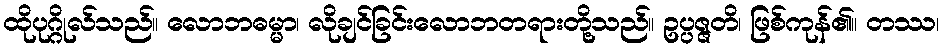
ထိုပုဂ္ဂိုလ်သည်။ လောဘဓမ္မာ၊ လိုချင်ခြင်းလောဘတရားတို့သည်။ ဥပ္ပဇ္ဇတိ၊ ဖြစ်ကုန်၏။ တဿ၊